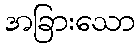
အခြားသော